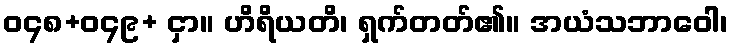
ဝ၄၈+ဝ၄၉+ ငှာ။ ဟိရိယတိ၊ ရှက်တတ်၏။ အယံသဘာဝေါ၊